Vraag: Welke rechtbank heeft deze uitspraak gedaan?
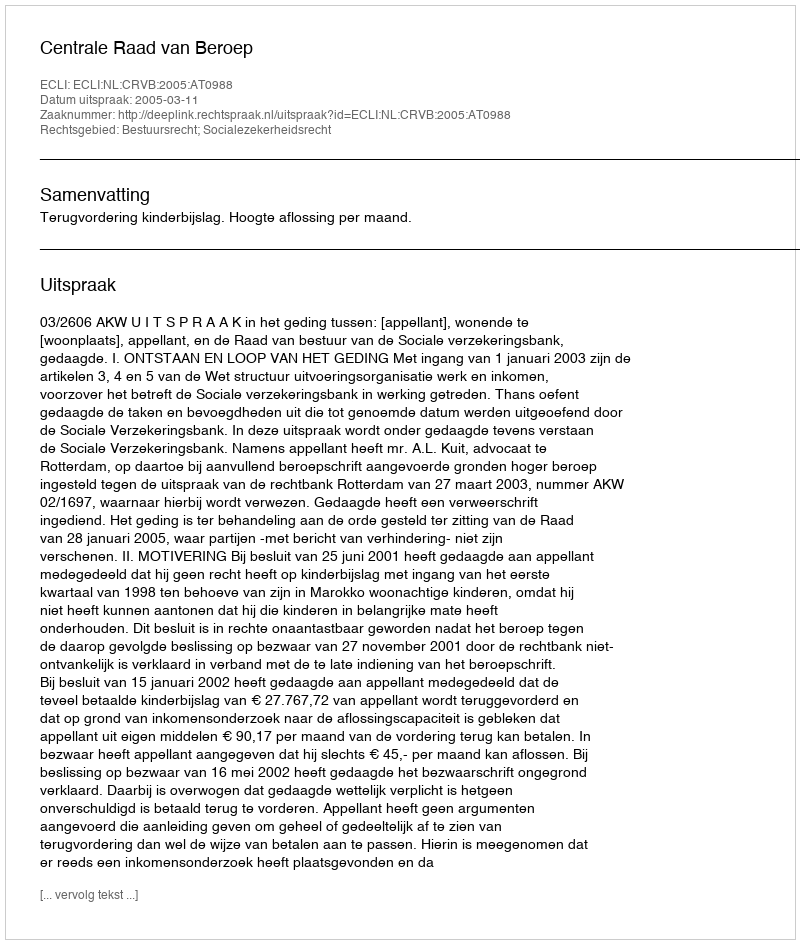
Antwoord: Centrale Raad van Beroep